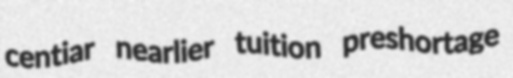
centiar nearlier tuition preshortage